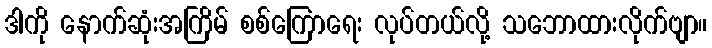
ဒါကို နောက်ဆုံးအကြိမ် စစ်ကြောရေး လုပ်တယ်လို့ သဘောထားလိုက်ဗျာ။